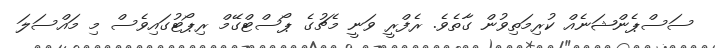
ސަސްޕެންޝަނެއް ކުރިމަތިވުން ގާތެވެ. ރެފްރީ ވަނީ މެޗުގެ ޕޯސްޓްގޭމް ރިޕޯޓުގައިވެސް މި މައްސަލަ